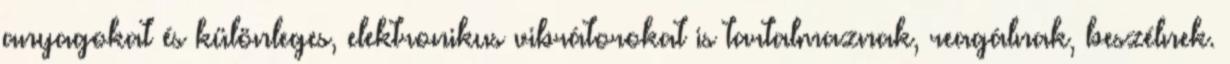
anyagokat és különleges, elektronikus vibrátorokat is tartalmaznak, reagálnak, beszélnek.